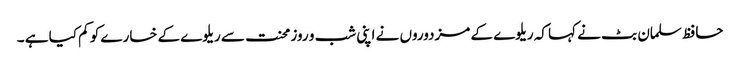
حافظ سلمان بٹ نے کہا کہ ریلوے کے مزدوروں نے اپنی شب و روز محنت سے ریلوے کے خسارے کو کم کیا ہے ۔